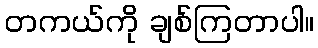
တကယ်ကို ချစ်ကြတာပါ။